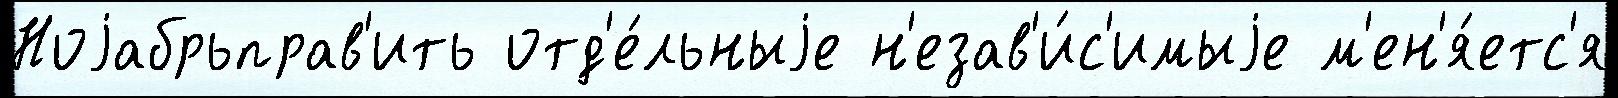
Ноjабрьправ'ить отд'е́льныjе н'езав'и́с'имыjе м'ен'я́етс'я